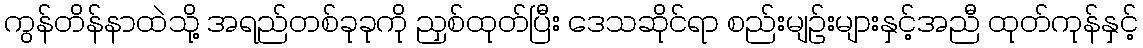
ကွန်တိန်နာထဲသို့ အရည်တစ်ခုခုကို ညှစ်ထုတ်ပြီး ဒေသဆိုင်ရာ စည်းမျဉ်းများနှင့်အညီ ထုတ်ကုန်နှင့်